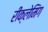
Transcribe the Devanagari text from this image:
रीक्लेमिंग